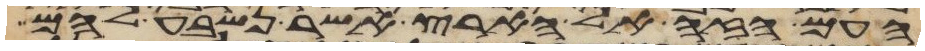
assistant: העם הזה אל הארץ אשר נשבע להם